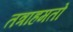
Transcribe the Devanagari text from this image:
तत्राहमतो